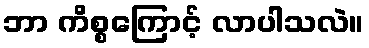
ဘာ ကိစ္စကြောင့် လာပါသလဲ။